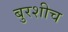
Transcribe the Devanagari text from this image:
बुरशीच